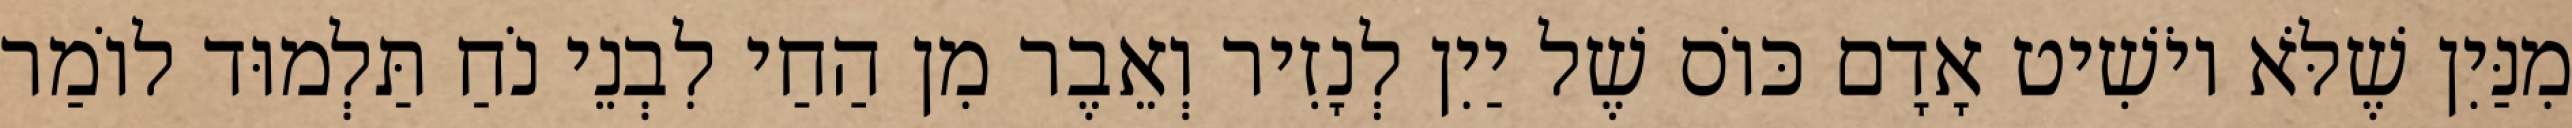
מִנַּיִן שֶׁלֹּא יוֹשִׁיט אָדָם כּוֹס שֶׁל יַיִן לְנָזִיר וְאֵבֶר מִן הַחַי לִבְנֵי נֹחַ תַּלְמוּד לוֹמַר